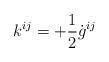
LaTeX: \begin{align*}k^{ij}= +\frac{1}{2}\dot{g}^{ij} \end{align*}